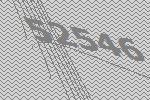
52546